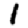
Digit: 1